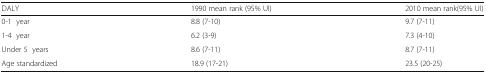
| DALY | 1990 mean rank (95% UI) | 2010 mean rank(95% UI) |
 | --- | --- | --- |
 | 0-1 year | 8.8 (7-10) | 9.7 (7-11) |
 | 1-4 year | 6.2 (3-9) | 7.3 (4-10) |
 | Under 5 years | 8.6 (7-11) | 8.7 (7-11) |
 | Age standardized | 18.9 (17-21) | 23.5 (20-25) |